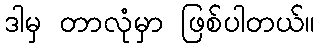
ဒါမှ တာလုံမှာ ဖြစ်ပါတယ်။